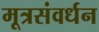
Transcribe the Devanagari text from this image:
मूत्रसंवर्धन